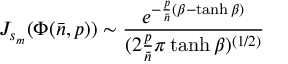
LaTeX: J _ { s _ { m } } ( \Phi ( { \bar { n } } , p ) ) \sim { \frac { e ^ { - { \frac { p } { \bar { n } } } ( \beta - \operatorname { t a n h } \beta ) } } { ( 2 { \frac { p } { \bar { n } } } \pi \operatorname { t a n h } \beta ) ^ { ( 1 / 2 ) } } }